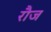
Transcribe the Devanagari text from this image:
रौज